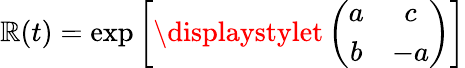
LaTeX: {\cal\mathbb{R}}(t)={\exp}\left[{\displaystylet}\left(\begin{array}{cc}{{a}}&{{c}}\\ {{b}}&{{-a}}\end{array}\right)\right]